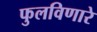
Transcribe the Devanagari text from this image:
फुलविणारे